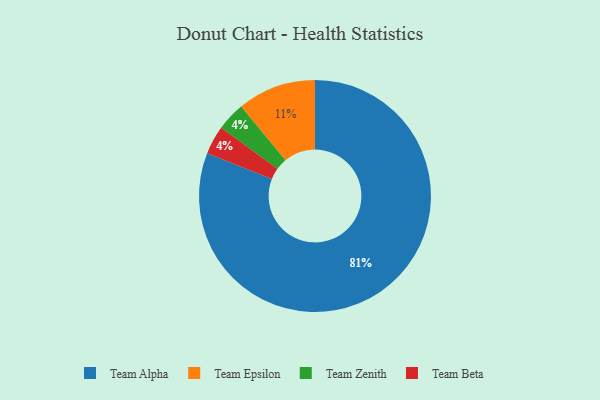
{"axis": {"x": "Category", "y": "Percentage"}, "legend": ["Team Alpha", "Team Beta", "Team Epsilon", "Team Zenith"], "data": [{"x": "Team Zenith", "y": 4, "type": "Team Zenith"}, {"x": "Team Epsilon", "y": 11, "type": "Team Epsilon"}, {"x": "Team Alpha", "y": 81, "type": "Team Alpha"}, {"x": "Team Beta", "y": 4, "type": "Team Beta"}]}